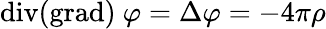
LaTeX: \textrm{div}(\textrm{grad})\ \varphi=\Delta\varphi=-4\pi\rho